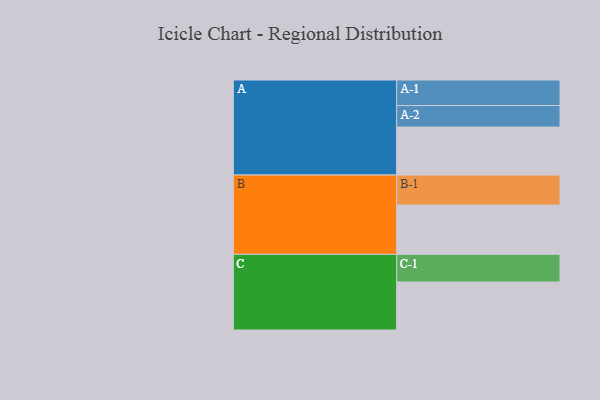
{"axis": {"x": "Segment", "y": "Value"}, "legend": ["", "A", "B", "C"], "data": [{"x": "A", "y": 472, "type": ""}, {"x": "B", "y": 485, "type": ""}, {"x": "C", "y": 472, "type": ""}, {"x": "A-1", "y": 251, "type": "A"}, {"x": "A-2", "y": 212, "type": "A"}, {"x": "B-1", "y": 295, "type": "B"}, {"x": "C-1", "y": 272, "type": "C"}]}